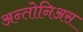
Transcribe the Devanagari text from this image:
अन्तोनिअस